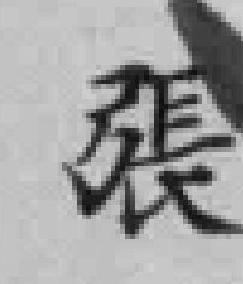
張